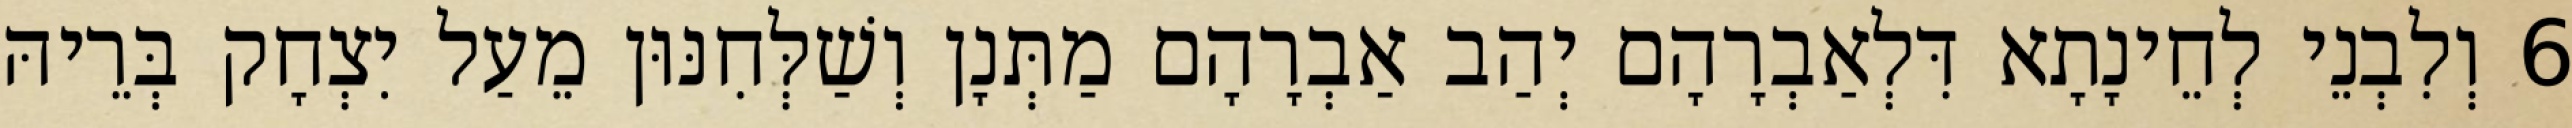
6 וְלִבְנֵי לְחֵינָתָא דִּלְאַבְרָהָם יְהַב אַבְרָהָם מַתְּנָן וְשַׁלְּחִנּוּן מֵעַל יִצְחָק בְּרֵיהּ